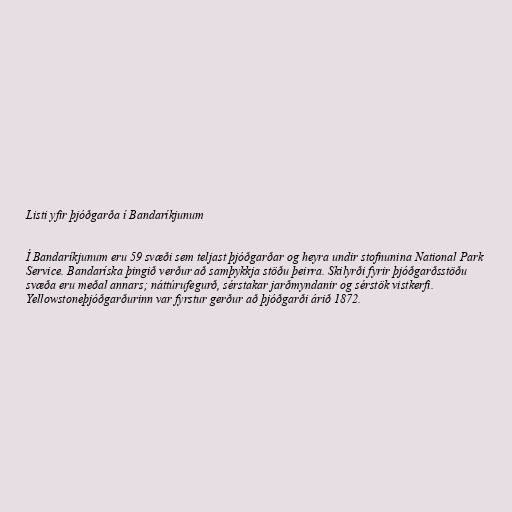
Listi yfir þjóðgarða í Bandaríkjunum

Í Bandaríkjunum eru 59 svæði sem teljast þjóðgarðar og heyra undir stofnunina National Park
Service. Bandaríska þingið verður að samþykkja stöðu þeirra. Skilyrði fyrir þjóðgarðsstöðu
svæða eru meðal annars; náttúrufegurð, sérstakar jarðmyndanir og sérstök vistkerfi.
Yellowstoneþjóðgarðurinn var fyrstur gerður að þjóðgarði árið 1872.